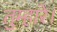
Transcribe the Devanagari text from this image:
तुम्हारे।